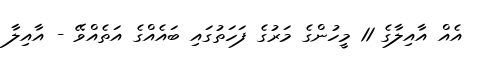
އެއް އާއިލާގެ 11 މީހުންގެ މަރުގެ ފަހަތުގައި ބައެއްގެ އަތެއްވޭ - އާއިލާ